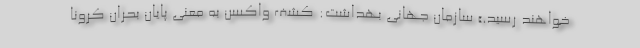
خواهند رسید.» سازمان جهانی بهداشت: کشف واکسن به معنی پایان بحران کرونا